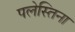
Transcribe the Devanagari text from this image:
पलेस्तिना